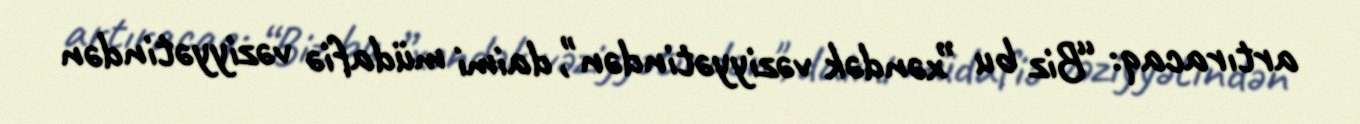
artıracaq: “Biz bu ”xəndək vəziyyətindən", daimi müdafiə vəziyyətindən